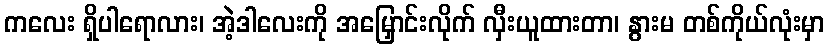
ကလေး ရှိပါရောလား၊ အဲ့ဒါလေးကို အမြှောင်းလိုက် လှီးယူထားတာ၊ နွားမ တစ်ကိုယ်လုံးမှာ